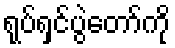
ရုပ်ရှင်ပွဲတော်ကို